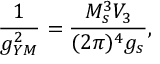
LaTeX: \frac { 1 } { g _ { Y M } ^ { 2 } } = \frac { M _ { s } ^ { 3 } V _ { 3 } } { ( 2 \pi ) ^ { 4 } g _ { s } } ,